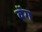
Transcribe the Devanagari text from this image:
वॅग